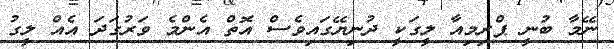
ނޭމާ ބުނީ ޕްރިމިއާ ލީގަކީ ދުނިޔޭގައިވެސް އޮތް އެންމެ ވަރުގަދަ އެއް ލީގު